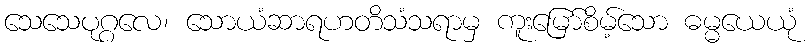
သေသေပုဂ္ဂလေ၊ သောယံဆာရဟတိသံသရာမှ ကူးမြော်စိမ့်သော ဓမ္မယေယုံ